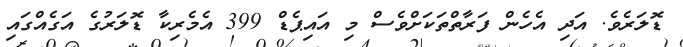
ޑޮލަރެވެ. އަދި އެހެން ފަރާތްތަކަށްވެސް މި އައިޕެޑް 399 އެމެރިކާ ޑޮލަރުގެ އަގެއްގައި